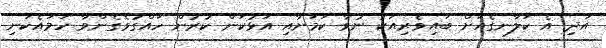
އަދި އެ ކަލާނގެއަށް ބައިވެރިއަކު ނުވާ ކަމަށާއި އަޅުކަން ކުރުން ހައްގުވެގެންވާ ހަމައެކަނި